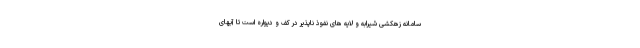
سامانه زهکشی شیرابه و لایه های نفوذ ناپذیر در کف و دیواره است تا آبهای